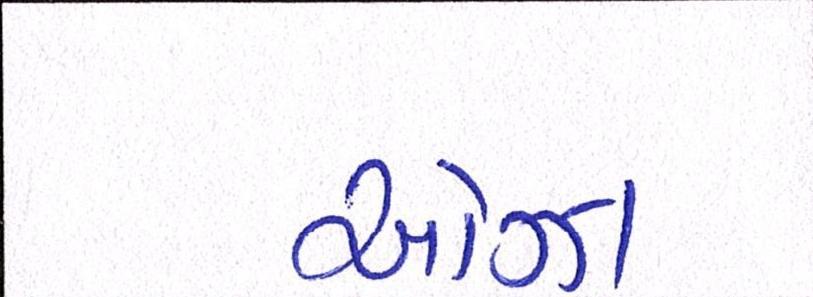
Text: ઓઝા